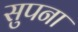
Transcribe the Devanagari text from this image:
सुपना